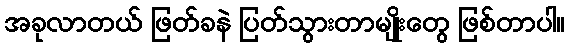
အခုလာတယ် ဖြတ်ခနဲ ပြတ်သွားတာမျိုးတွေ ဖြစ်တာပါ။